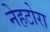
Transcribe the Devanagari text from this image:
नेहटोरा